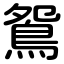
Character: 鴛